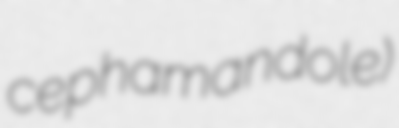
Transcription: cephamandole)